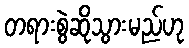
တရားစွဲဆိုသွားမည်ဟု